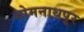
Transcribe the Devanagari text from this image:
सोमनाथपूर